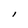
Character: l